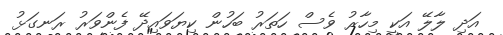
އަދި ލާލޭ އަކީ މިހާރު ވެސް ހަތަރު ބަހުން ކިޔަވައިދޭ ފެންވަރު ރަނގަޅު